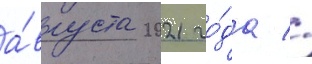
а́вгуста 2021 го́да //